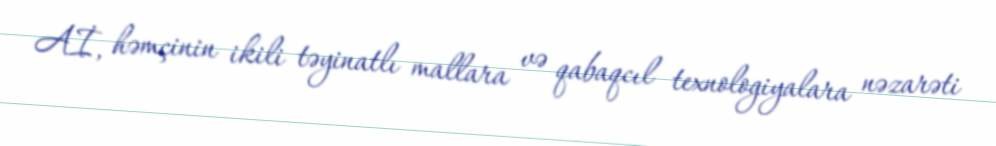
Aİ, həmçinin ikili təyinatlı mallara və qabaqcıl texnologiyalara nəzarəti